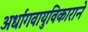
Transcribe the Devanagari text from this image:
अर्धांगवायुविकाराने